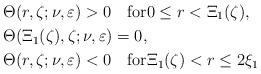
LaTeX: \begin{align*}&\Theta(r,\zeta;\nu,\varepsilon)>0 \quad\mbox{for}0\leq r <\Xi_1(\zeta), \\&\Theta(\Xi_1(\zeta),\zeta;\nu,\varepsilon)=0, \\&\Theta(r,\zeta;\nu,\varepsilon)<0\quad\mbox{for}\Xi_1(\zeta)<r\leq 2\xi_1 \end{align*}